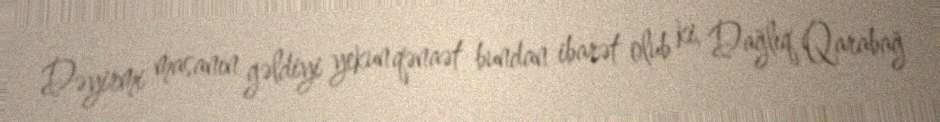
Dəyirmi masanın gəldiyi yekun qənaət bundan ibarət olub ki, Dağlıq Qarabağ